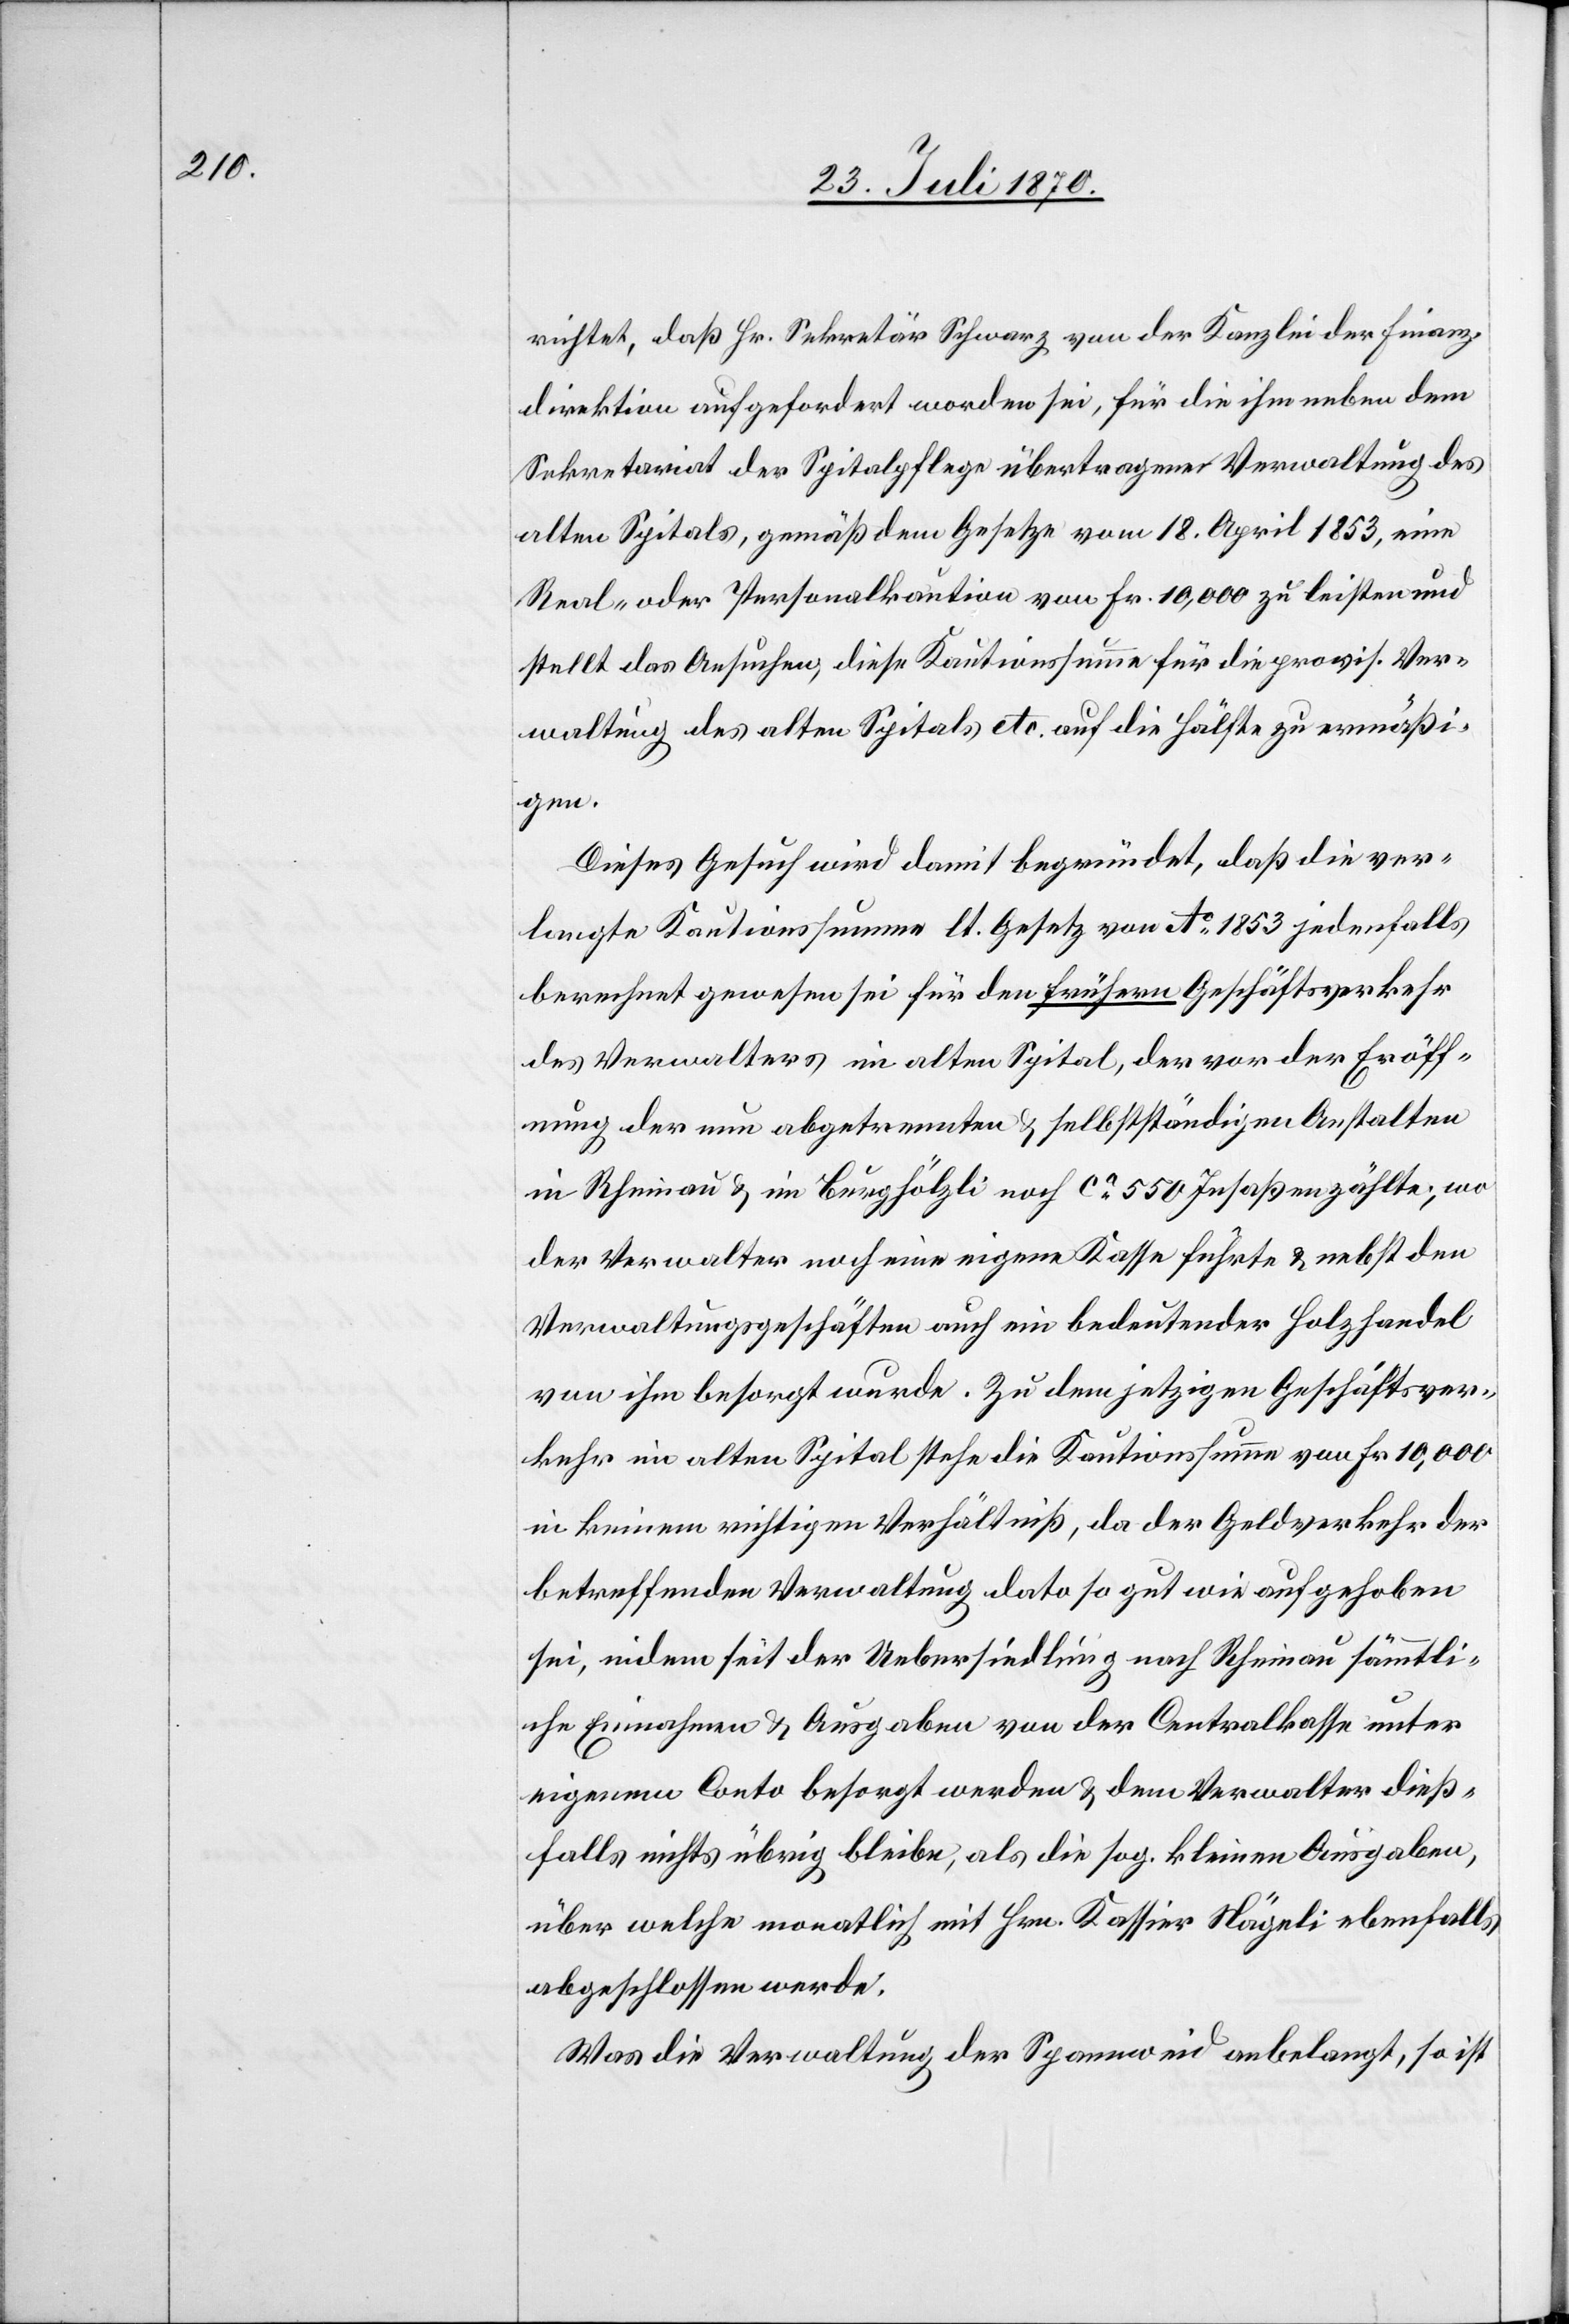
richtet, daß Hr. Sekretär Schwarz von der Kanzlei der Finanz¬
direktion aufgefordert worden sei, für die ihm neben dem
Sekretariat der Spitalpflege übertragene Verwaltung des
alten Spitals, gemäß dem Gesetze vom 18. April 1853, eine
Real- oder Personalkaution von Fr. 10,000 zu leisten und
stellt das Ansuchen, diese Kautionssumme für die provis. Ver¬
waltung des alten Spitals etc. auf die Hälfte zu ermäßi¬
gen.
Dieses Gesuch wird damit begründet, daß die ver¬
langte Kautionssumme lt. Gesetz von Ao 1853 jedenfalls
berechnet gewesen sei für den frühern Geschäftsverkehr
des Verwalters im alten Spital, der vor der Eröff¬
nung der nun abgetrennten & selbständigen Anstalten
im Rheinau & im Burghölzli noch ca 550 Insaßen zählte, wo
der Verwalter noch eine eigene Kasse führte & nebst den
Verwaltungsgeschäften auch ein bedeutender Holzhandel
von ihm besorgt wurde. Zu dem jetzigen Geschäftsver¬
kehr im alten Spital stehe die Kautionssumme von Fr. 10,000
in keinem richtigen Verhältniß, da der Geldverkehr der
betreffenden Verwaltung dato so gut wie aufgehoben
sei, indem seit der Uebersiedlung nach Rheinau sämmtli¬
che Einnahmen & Ausgaben von der Centralkasse unter
eigenem Conto besorgt werden & dem Verwalter dieß¬
falls nichts übrig bleibe, als die sog. kleinen Ausgaben,
über welche monatlich mit Hrn. Kassier Nägeli ebenfalls
abschlossen werde.
Was die Verwaltung der Spannweid anbelangt, so ist